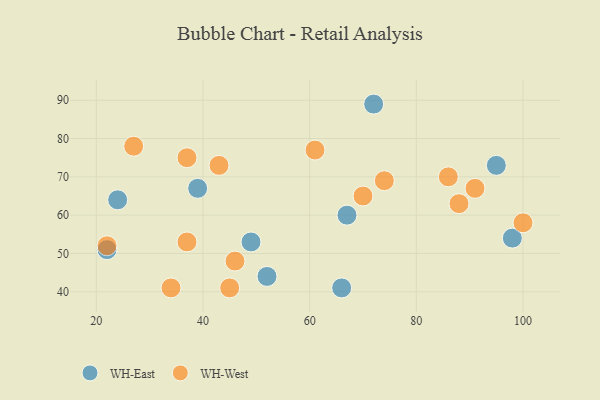
{"axis": {"x": "GDP", "y": "Life Expectancy"}, "legend": ["WH-East", "WH-West"], "data": [{"x": "98", "y": 54, "type": "WH-East"}, {"x": "24", "y": 64, "type": "WH-East"}, {"x": "49", "y": 53, "type": "WH-East"}, {"x": "52", "y": 44, "type": "WH-East"}, {"x": "39", "y": 67, "type": "WH-East"}, {"x": "22", "y": 51, "type": "WH-East"}, {"x": "66", "y": 41, "type": "WH-East"}, {"x": "72", "y": 89, "type": "WH-East"}, {"x": "95", "y": 73, "type": "WH-East"}, {"x": "67", "y": 60, "type": "WH-East"}, {"x": "43", "y": 73, "type": "WH-West"}, {"x": "45", "y": 41, "type": "WH-West"}, {"x": "22", "y": 52, "type": "WH-West"}, {"x": "86", "y": 70, "type": "WH-West"}, {"x": "74", "y": 69, "type": "WH-West"}, {"x": "37", "y": 75, "type": "WH-West"}, {"x": "61", "y": 77, "type": "WH-West"}, {"x": "88", "y": 63, "type": "WH-West"}, {"x": "70", "y": 65, "type": "WH-West"}, {"x": "100", "y": 58, "type": "WH-West"}, {"x": "27", "y": 78, "type": "WH-West"}, {"x": "34", "y": 41, "type": "WH-West"}, {"x": "46", "y": 48, "type": "WH-West"}, {"x": "91", "y": 67, "type": "WH-West"}, {"x": "37", "y": 53, "type": "WH-West"}]}